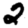
Digit: 2